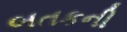
બતકની